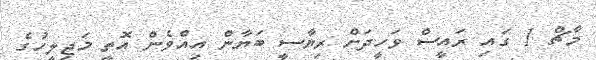
މާޗް 1 ގައި ރައީސް ވަހީދަށް ރިޔާސީ ބަޔާން އިއްވެން އޮތީ މަޖިލީހުގެ